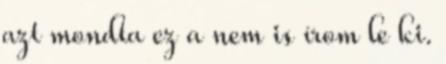
azt mondta ez a nem is írom le ki.